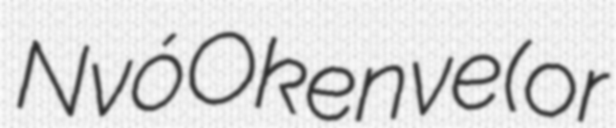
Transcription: Nvó Okenve (or